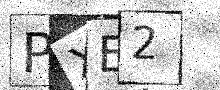
Text: PXE2